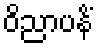
ဝိညာပနိံ